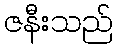
ဇနီးသည်